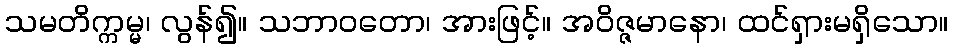
သမတိက္ကမ္မ၊ လွန်၍။ သဘာဝတော၊ အားဖြင့်။ အဝိဇ္ဇမာနော၊ ထင်ရှားမရှိသော။